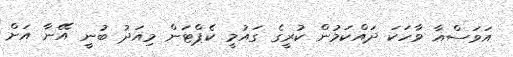
އަވަސްއާ ވާހަކަ ދައްކަމުން ކުރީގެ ގައުމީ ކެޕްޓަން މިއަދު ބުނީ އޭނާ އަށް